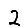
Digit: 2